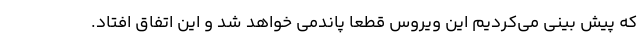
که پیش بینی می‌کردیم این ویروس قطعا پاندمی خواهد شد و این اتفاق افتاد.